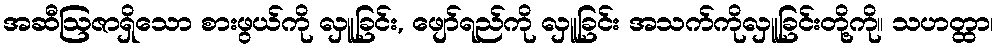
အဆီဩဇာရှိသော စားဖွယ်ကို လှူခြင်း, ဖျော်ရည်ကို လှူခြင်း အသက်ကိုလှူခြင်းတို့ကို။ သဟတ္ထာ၊